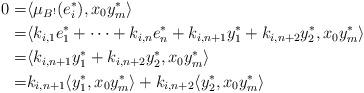
LaTeX: \begin{align*}0=&\langle \mu_{B^!}(e_i^*), x_0 y_m^*\rangle\\=&\langle k_{i, 1}e_1^*+\cdots+k_{i, n}e_n^*+k_{i, n+1}y_1^*+k_{i, n+2}y_2^*, x_0 y_m^*\rangle\\=&\langle k_{i, n+1}y_1^*+k_{i, n+2}y_2^*, x_0 y_m^*\rangle\\=&k_{i, n+1}\langle y_1^*, x_0 y_m^*\rangle+k_{i, n+2}\langle y_2^*, x_0 y_m^*\rangle\end{align*}